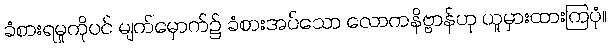
ခံစားရမှုကိုပင် မျက်မှောက်၌ ခံစားအပ်သော လောကနိဗ္ဗာန်ဟု ယူမှားထားကြပုံ။